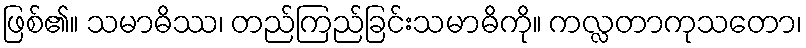
ဖြစ်၏။ သမာဓိဿ၊ တည်ကြည်ခြင်းသမာဓိကို။ ကလ္လတာကုသတော၊